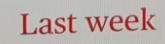
Last week